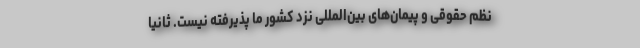
نظم حقوقی و پیمان‌های بین‌المللی نزد کشور ما پذیرفته نیست. ثانیاً